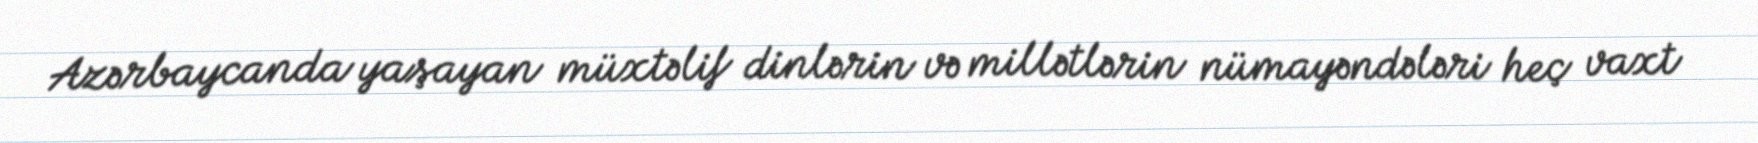
Azərbaycanda yaşayan müxtəlif dinlərin və millətlərin nümayəndələri heç vaxt